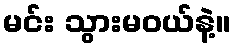
မင်း သွားမဝယ်နဲ့။